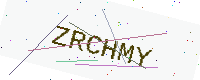
Text: ZRCHMY